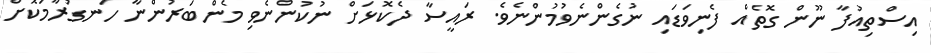
އިސްތިއުފާ ނޫން ގޮތެއް ފެނިވަޑައި ނުގެންނެވުމުންނެވެ. ރައީސާ ދެކޮޅަށް ނުކުންނެވި މެންބަރުންނާ ހަނގުރާމަކޮށް